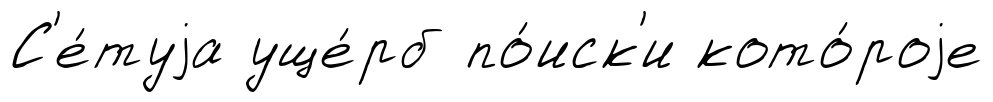
С'е́туjа уще́рб по́иск'и кото́роjе